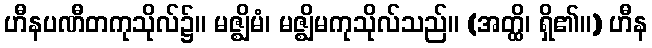
ဟီနပဏီတကုသိုလ်၌။ မဇ္ဈိမံ၊ မဇ္ဈိမကုသိုလ်သည်။ (အတ္ထိ၊ ရှိ၏။) ဟီန